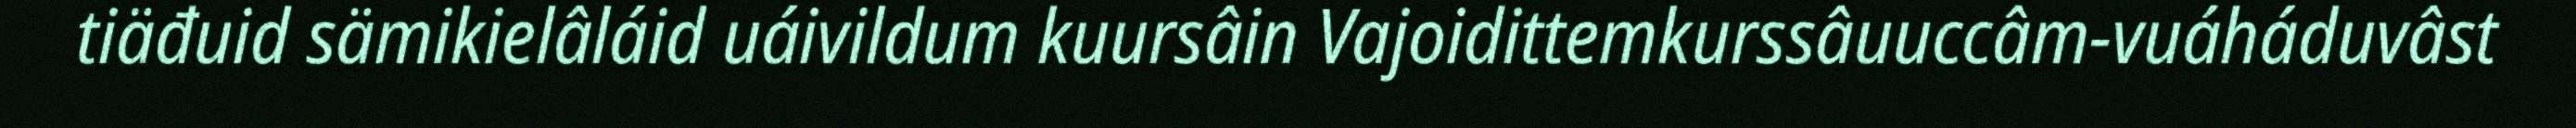
tiäđuid sämikielâláid uáivildum kuursâin Vajoidittemkurssâuuccâm-vuáháduvâst